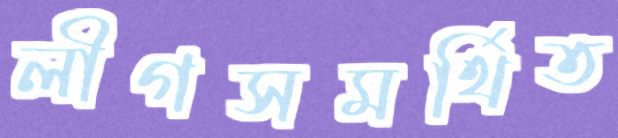
লীগসমর্থিত